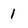
Character: 1